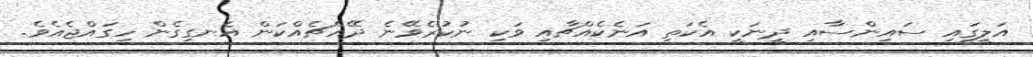
އަލީގައި ސައިންސާއި ދީނަކީ އެކަތި އަނެކެއްޗާއި ވަކި ނުކުރެވޭނެ ދޭއްޗެއްކަން އެނގިގެން ހިގައްޖެއެވެ.